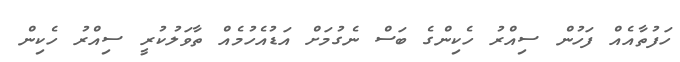
ހަފުތާއެއް ފަހުން ސިއްރު ހެކިންގެ ބަސް ނެގުމަށް އަޑުއެހުމެއް ތާވަލުކުރީ ސިއްރު ހެކިން